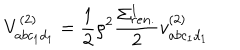
LaTeX: V _ { a b c _ { 1 } d _ { 1 } } ^ { ( 2 ) } = \frac { 1 } { 2 } \rho ^ { 2 } \frac { \Sigma _ { r e n . } ^ { 1 } } { 2 } v _ { a b c _ { 1 } d _ { 1 } } ^ { ( 2 ) }